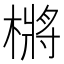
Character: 㯍